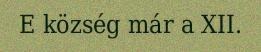
E község már a XII.